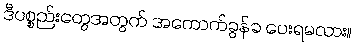
ဒီပစ္စည်းတွေအတွက် အကောက်ခွန်ခ ပေးရမလား။